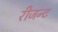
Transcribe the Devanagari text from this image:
रीजन्ट